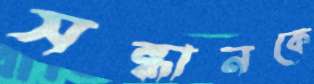
সন্ধানকে